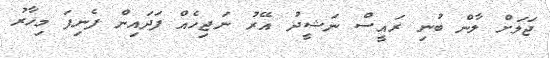
ޖަލަށް ލާން ބުނި ރައީސް ނަޝީދު އޭރު ނަޖިހެއް ފަދައިން ފެނިފަ މިހާރު